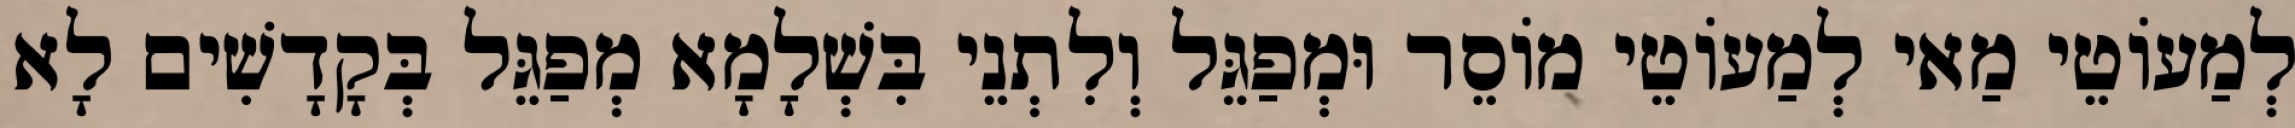
לְמַעוֹטֵי מַאי לְמַעוֹטֵי מוֹסֵר וּמְפַגֵּל וְלִתְנֵי בִּשְׁלָמָא מְפַגֵּל בְּקָדָשִׁים לָא